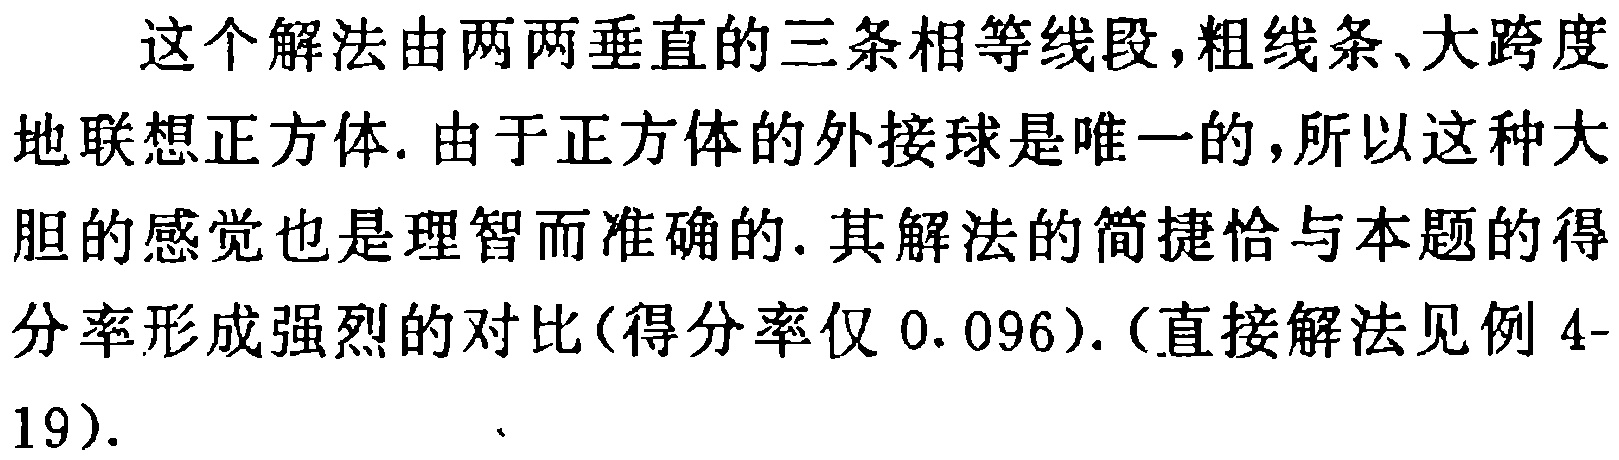
这个解法由两两垂直的三条相等线段,粗线条、大跨度

地联想正方体. 由于正方体的外接球是唯一的,所以这种大

胆的感觉也是理智而准确的. 其解法的简捷恰与本题的得

分率形成强烈的对比(得分率仅 0.096). (直接解法见例 4-

19).